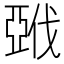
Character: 𰁚